Problem: 2 × 3 = ?
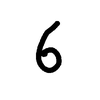
Handwritten answer: 6